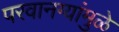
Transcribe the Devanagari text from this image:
परवानग्यांमुळे